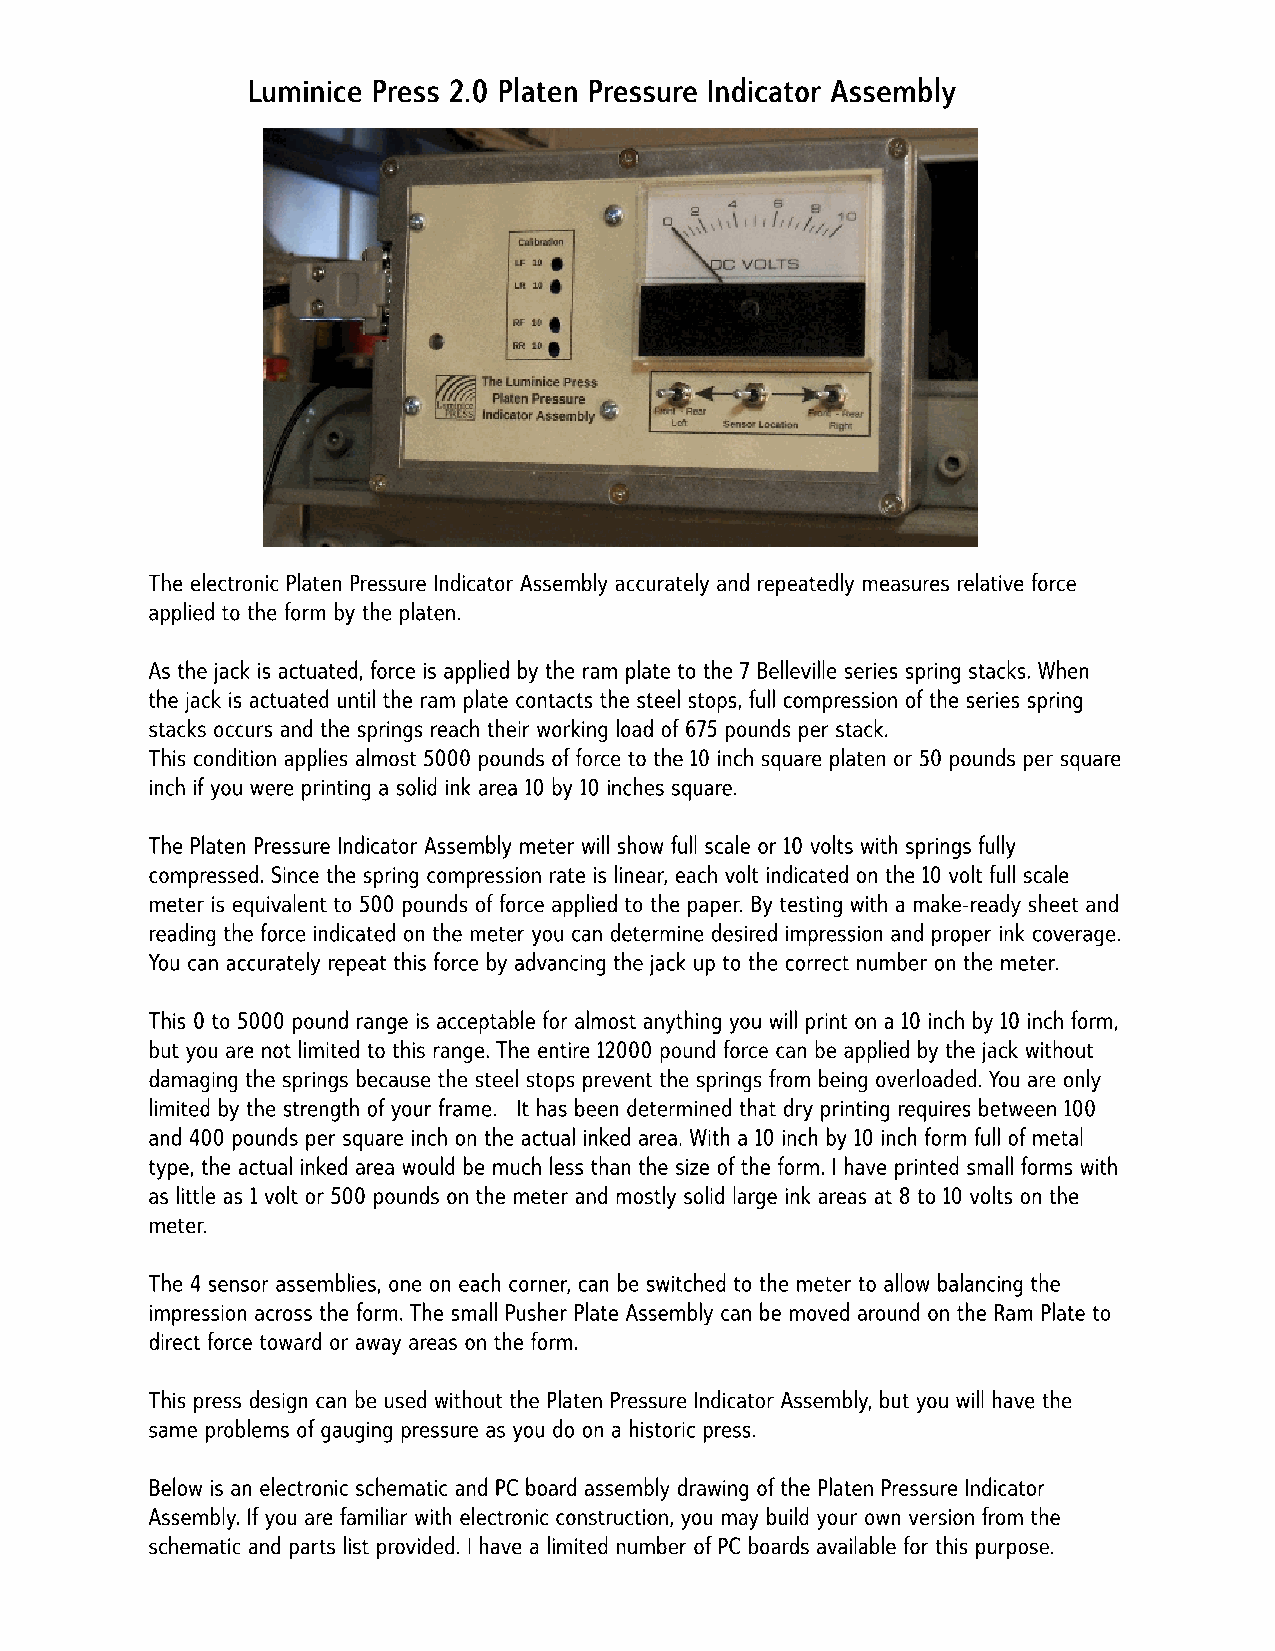
Luminice Press 2.0 Platen Pressure Indicator Assembly
 The electronic Platen Pressure Indicator Assembly accurately and repeatedly measures relative force
 applied to the form by the platen.
 As the jack is actuated, force is applied by the ram plate to the 7 Belleville series spring stacks. When
 the jack is actuated until the ram plate contacts the steel stops, full compression ofthe series spring
 stacks occurs and the springs reach their working load of675 pounds per stack.
 This condition applies almost 5000 pounds offorce to the 10 inch square platen or 50 pounds per square
 inch ifyou were printing a solid ink area 10 by 10 inches square.
 The Platen Pressure Indicator Assembly meter will show full scale or 10 volts with springs fully
 compressed. Since the spring compression rate is linear, each volt indicated on the 10 volt full scale
 meter is equivalent to 500 pounds offorce applied to the paper. By testing with a make-ready sheet and
 reading the force indicated on the meter you can determine desired impression and proper ink coverage.
 You can accurately repeat this force by advancing the jack up to the correct number on the meter.
 This 0 to 5000 pound range is acceptable for almost anything you will print on a 10 inch by 10 inch form,
 but you are not limited to this range. The entire 12000 pound force can be applied by the jack without
 damaging the springs because the steel stops prevent the springs from being overloaded. You are only
 limited by the strength ofyour frame. It has been determined that dry printing requires between 100
 and 400 pounds per square inch on the actual inked area. With a 10 inch by 10 inch form full ofmetal
 type, the actual inked area would be much less than the size ofthe form. I have printed small forms with
 as little as 1 volt or 500 pounds on the meter and mostly solid large ink areas at 8 to 10 volts on the
 meter.
 The 4 sensor assemblies, one on each corner, can be switched to the meter to allow balancing the
 impression across the form. The small Pusher Plate Assembly can be moved around on the Ram Plate to
 direct force toward or away areas on the form.
 This press design can be used without the Platen Pressure Indicator Assembly, but you will have the
 same problems ofgauging pressure as you do on a historic press.
 Below is an electronic schematic and PC board assembly drawing ofthe Platen Pressure Indicator
 Assembly. Ifyou are familiar with electronic construction, you may build your own version from the
 schematic and parts list provided. I have a limited number ofPC boards available for this purpose.